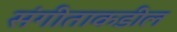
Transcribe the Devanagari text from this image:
संगीताकडील